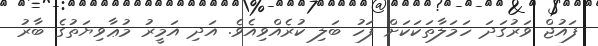
ފައުޖް ވަރުގަދަ ހަމަލާތަކަކަށް ފަހު ބަލި ކުރެއްވިއެވެ. އަދި އަމީރު މުޢާވިޔަތުގެ ބާރު